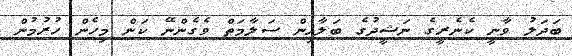
ބަދަލު ވާނީ ކެނެރީގެ ނަޝީދުގެ ބަލާއިން ސަލާމަތް ވެގެންނޭ ކަން މިހެން ހުރުމުން